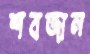
শবজান